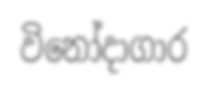
විනෝදාගාර